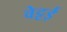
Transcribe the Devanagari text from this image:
वेट्टई